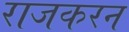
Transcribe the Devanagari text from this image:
राजकरन